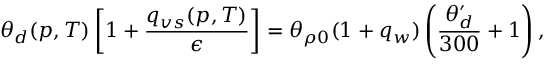
\theta _ { d } ( p , T ) \left[ 1 + \frac { q _ { v s } ( p , T ) } { \epsilon } \right] = \theta _ { \rho 0 } ( 1 + q _ { w } ) \left( \frac { \theta _ { d } ^ { \prime } } { 3 0 0 } + 1 \right) ,